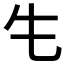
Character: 𮯲